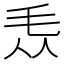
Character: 𣬱